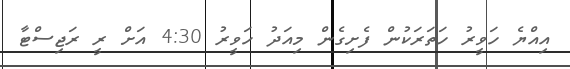
އިއްޔެ ހަވީރު ހަތަރަކުން ފެށިގެން މިއަދު ހަވީރު 4:30 އަށް ރީ ރަޖިސްޓާ